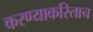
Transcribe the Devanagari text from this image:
करण्याकरिताच